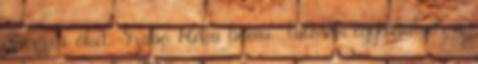
is vezeti őket. Szabó Réka bámu- latosan egyensúlyoz a